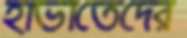
হাভাতেদের